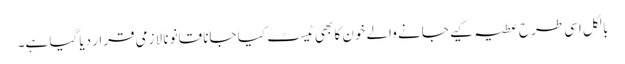
بالکل اسی طرح عطیہ کیے جانے والے خون کا بھی ٹیسٹ کیا جانا قانوناً لازمی قرار دیا گیا ہے۔